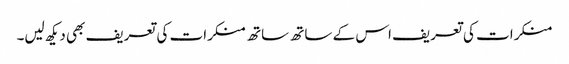
منکرات کی تعریف اس کے ساتھ ساتھ منکرات کی تعریف بھی دیکھ لیں۔